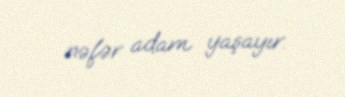
nəfər adam yaşayır.